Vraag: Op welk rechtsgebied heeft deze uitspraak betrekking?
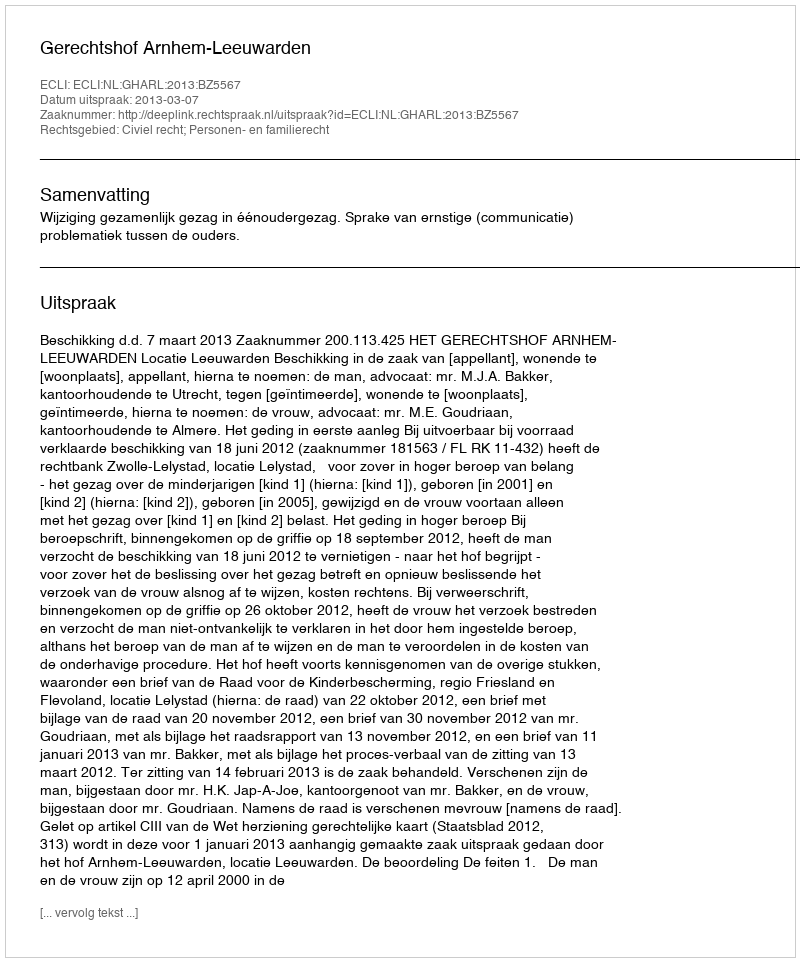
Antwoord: Civiel recht; Personen- en familierecht